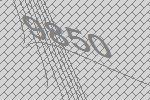
9850